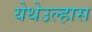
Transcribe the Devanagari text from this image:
येथेउल्हास